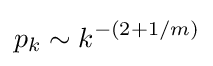
p_{k}\sim k^{-(2+1/m)}